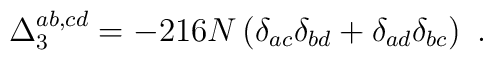
\Delta_3^{ab,cd} = -216 N \left(\delta_{ac}\delta_{bd}+\delta_{ad}\delta_{bc}\right)\ .